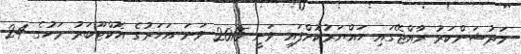
މަދުޝަންކަރު ރާއްޖޭގައި ހައްޔަރުކޮށްފައި ވަނީ 2015 ވަނަ އަހަރުގެ އޮކްޓޫބަރު މަހުގެ 24